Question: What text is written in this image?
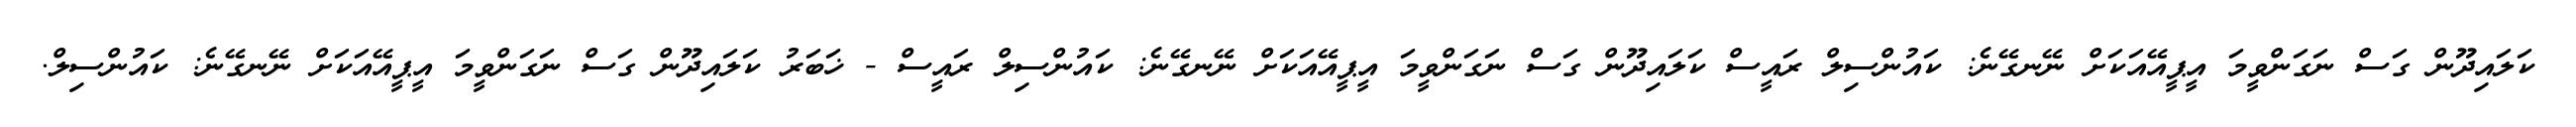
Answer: ކަލައިދޫން ގަސް ނަގަންވީމަ އީޕީއޭއަކަށް ނޭނގޭނެ: ކައުންސިލް ރައީސް ކަލައިދޫން ގަސް ނަގަންވީމަ އީޕީއޭއަކަށް ނޭނގޭނެ: ކައުންސިލް ރައީސް - ޚަބަރު ކަލައިދޫން ގަސް ނަގަންވީމަ އީޕީއޭއަކަށް ނޭނގޭނެ: ކައުންސިލް.